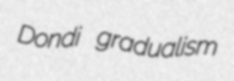
Dondi gradualism